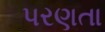
પરણતા